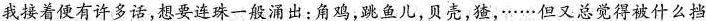
我接着便有许多话，想要连珠一般涌出：角鸡，跳鱼儿，贝壳，猹，······但又总觉得被什么挡